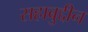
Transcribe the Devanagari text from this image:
सहाबुद्दीन